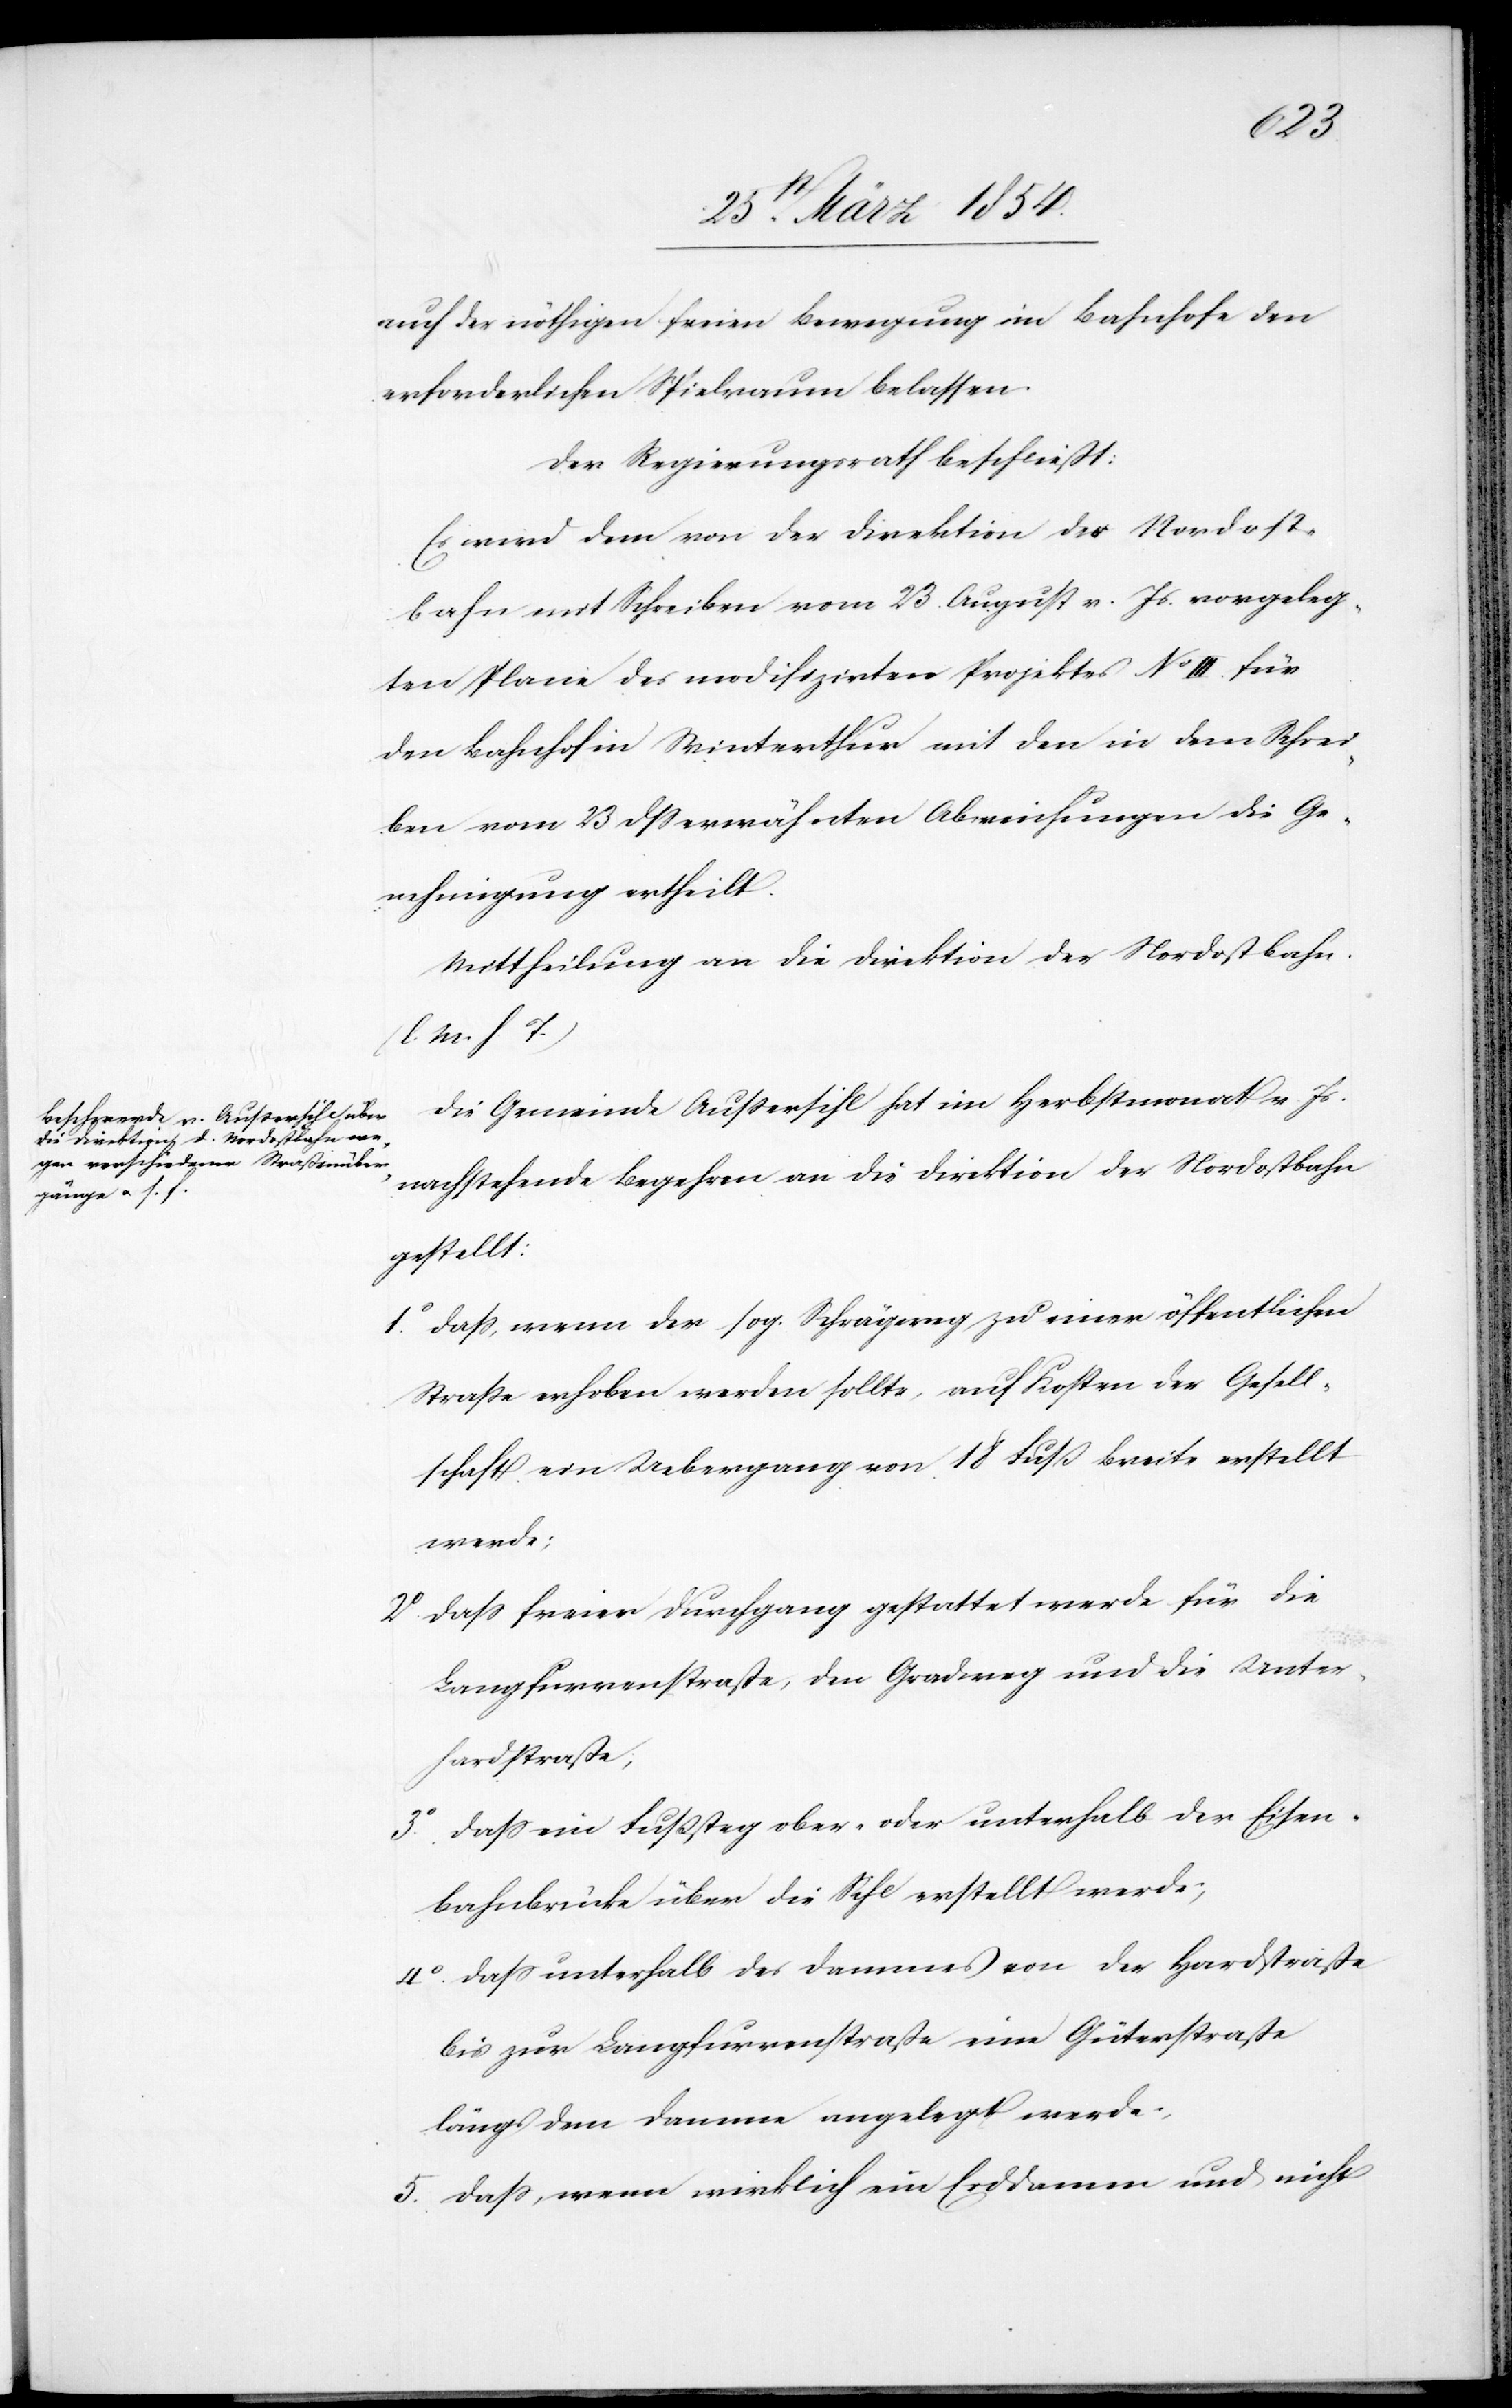
auch der nöthigen freien Bewegung im Bahnhofe den
erforderlichen Spielraume belassen.
Der Regierungsrath beschließt:
Es wird dem von der Direktion der Nordost¬
bahn mit Schreiben vom 23 August v. Js. vorgeleg¬
ten Plane des modifizirten Projektes No III für
den Bahnhof in Winterthur mit den in dem Schrei¬
ben vom 23 dß erwähnten Abweichungen die Ge¬
nehmigung ertheilt.
Mittheilung an die Direktion der Nordostbahn.
M. h T.)
Die Gemeinde Außersihl hat im Herbstmonat v. Js.
nachstehende Begehren an die Direktion der Nordostbahn
gestellt:
1o Daß, wenn der sog. Schrägweg zu einer öffentlichen
Straße erhoben werden sollte, auf Kosten der Gesell¬
schaft ein Uebergang von 18 Fuß Breite erstellt
werde;
2o Daß freier Durchgang gestattet werde für die
Langfurrenstraße, den Gradweg und die Unter¬
hardstraße;
3o Daß ein Fußsteg ober- oder unterhalb der Eisen¬
bahnbrücke über die Sihl erstellt werde;
4o Daß unterhalb des Dammes von der Hardstraße
bis zur Langfurrenstraße eine Güterstraße
längs dem Damme angelegt werde;
5o Daß, wenn wirklich ein Erddamm und nicht